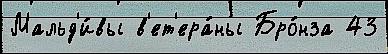
Мальд'и́вы в'ет'ера́ны Бро́нза 43